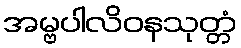
အမ္ဗပါလိဝနသုတ္တံ